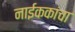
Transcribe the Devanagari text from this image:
नाईककांचा